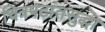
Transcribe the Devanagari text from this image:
चित्रपटांतसुद्धा